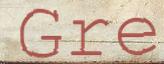
Gre